Etiology and epidemiology of plague
Disease focus: Plague
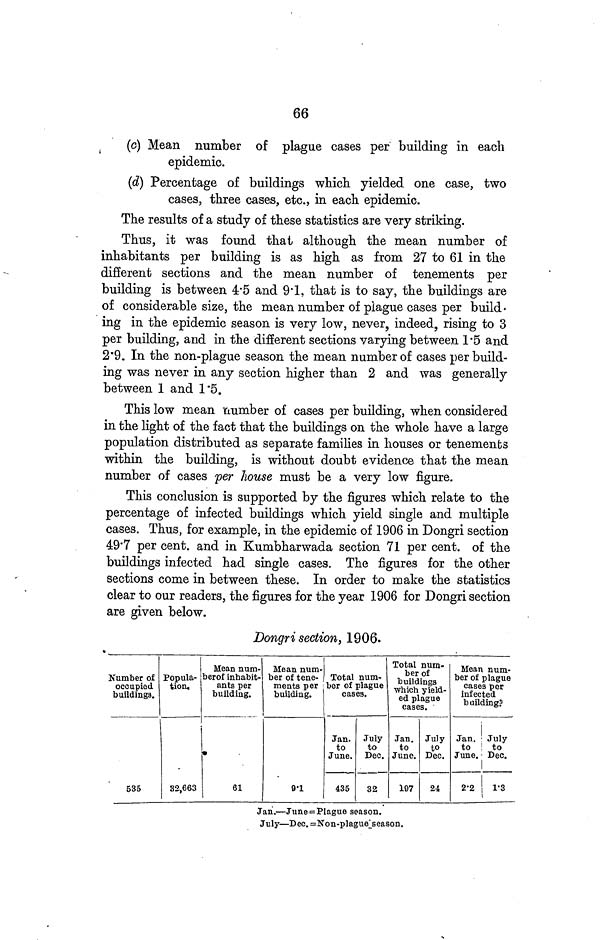
66
(c) Mean number of plague cases per building in each
epidemic.
(d) Percentage of buildings which yielded one case, two
cases, three cases, etc., in each epidemic.
The results of a study of these statistics are very striking.
Thus, it was found that although the mean number of
inhabitants per building is as high as from 27 to 61 in the
different sections and the mean number of tenements per
building is between 4·5 and 9·1, that is to say, the buildings are
of considerable size, the mean number of plague cases per build-
ing in the epidemic season is very low, never, indeed, rising to 3
per building, and in the different sections varying between 1·5 and
2·9. In the non-plague season the mean number of cases per build-
ing was never in any section higher than 2 and was generally
between 1 and 1·5.
This low mean number of cases per building, when considered
in the light of the fact that the buildings on the whole have a large
population distributed as separate families in houses or tenements
within the building, is without doubt evidence that the mean
number of cases per house must be a very low figure.
This conclusion is supported by the figures which relate to the
percentage of infected buildings which yield single and multiple
cases. Thus, for example, in the epidemic of 1906 in Dongri section
49·7 per cent. and in Kumbharwada section 71 per cent. of the
buildings infected had single cases. The figures for the other
sections come in between these. In order to make the statistics
clear to our readers, the figures for the year 1906 for Dongri section
are given below.
Dongri section, 1906.
Number of
occupied
buildings.
535
Popula-
tion.
Mean num-
ber of inhabit-
ants per
building.
82,663
61
Mean num-
ber of tene-
ments per
building.
9·1
Total num-
ber of plague
cases.
Jan.
to
June.
435
July
to
Dec.
32
Total num-
ber of
buildings
which yield-
ed plague
cases.
Jan.
to
June.
197
July
to
Dec.
24
Mean num-
ber of plague
cases per
infected
building.
Jan.
to
June.
2·2
July
to
Dec.
1·3
Jan.—June = Plague season.
July—Dec. =Non-plague_season.